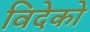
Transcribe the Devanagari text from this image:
विदेको